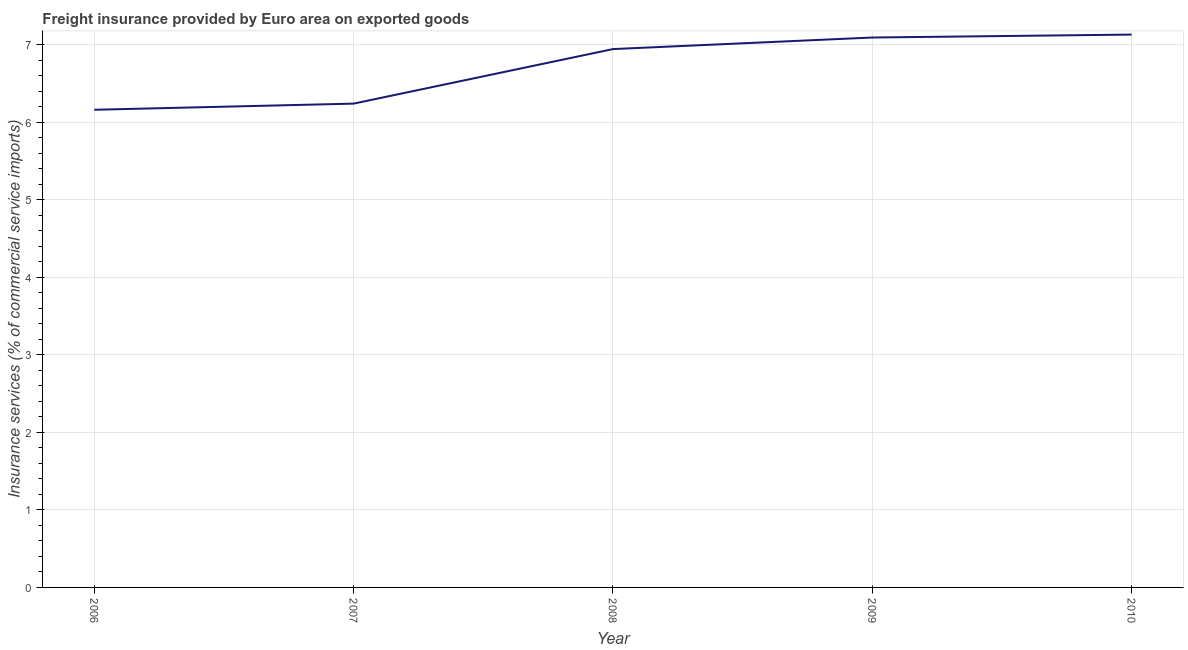
| Year | Insurance and financial services |
 | --- | --- |
 | 2006 | 6.16 |
 | 2007 | 6.24 |
 | 2008 | 6.95 |
 | 2009 | 7.1 |
 | 2010 | 7.13 |